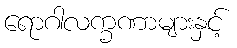
ရောဂါလက္ခဏာများနှင့်